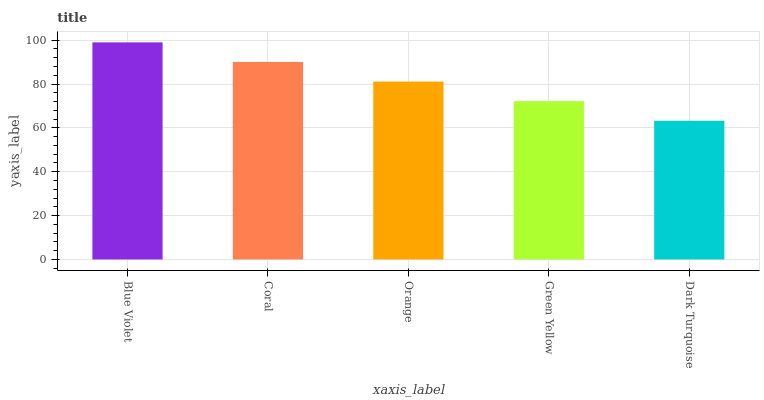
| xaxis_label | bars |
 | --- | --- |
 | Blue Violet | 99 |
 | Coral | 90.1 |
 | Orange | 81.1 |
 | Green Yellow | 72.2 |
 | Dark Turquoise | 63.2 |